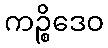
ကဉ္စိဒေဝ